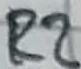
Text: R2